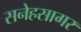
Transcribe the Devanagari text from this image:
सनेहसागर